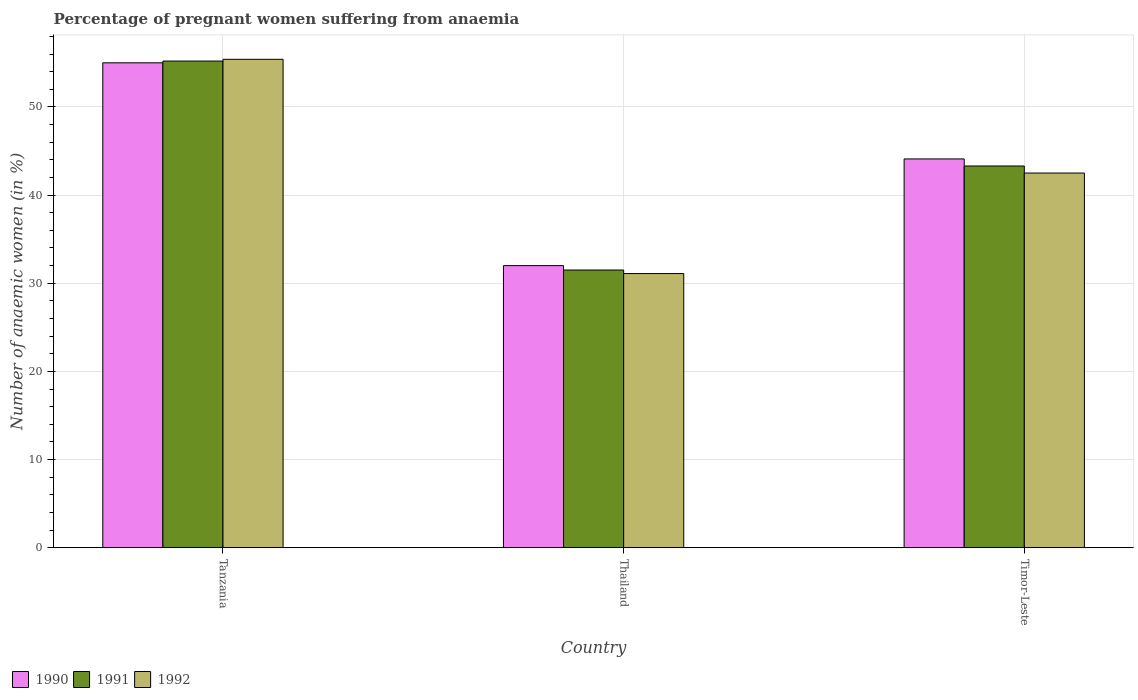
| Country | 1990 | 1991 | 1992 |
 | --- | --- | --- | --- |
 | Tanzania | 55 | 55.2 | 55.4 |
 | Thailand | 32 | 31.5 | 31.1 |
 | Timor-Leste | 44.1 | 43.3 | 42.5 |